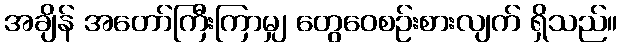
အချိန် အတော်ကြီးကြာမျှ တွေဝေစဉ်းစားလျက် ရှိသည်။